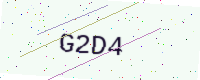
Text: G2D4